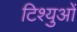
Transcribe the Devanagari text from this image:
टिश्युओं